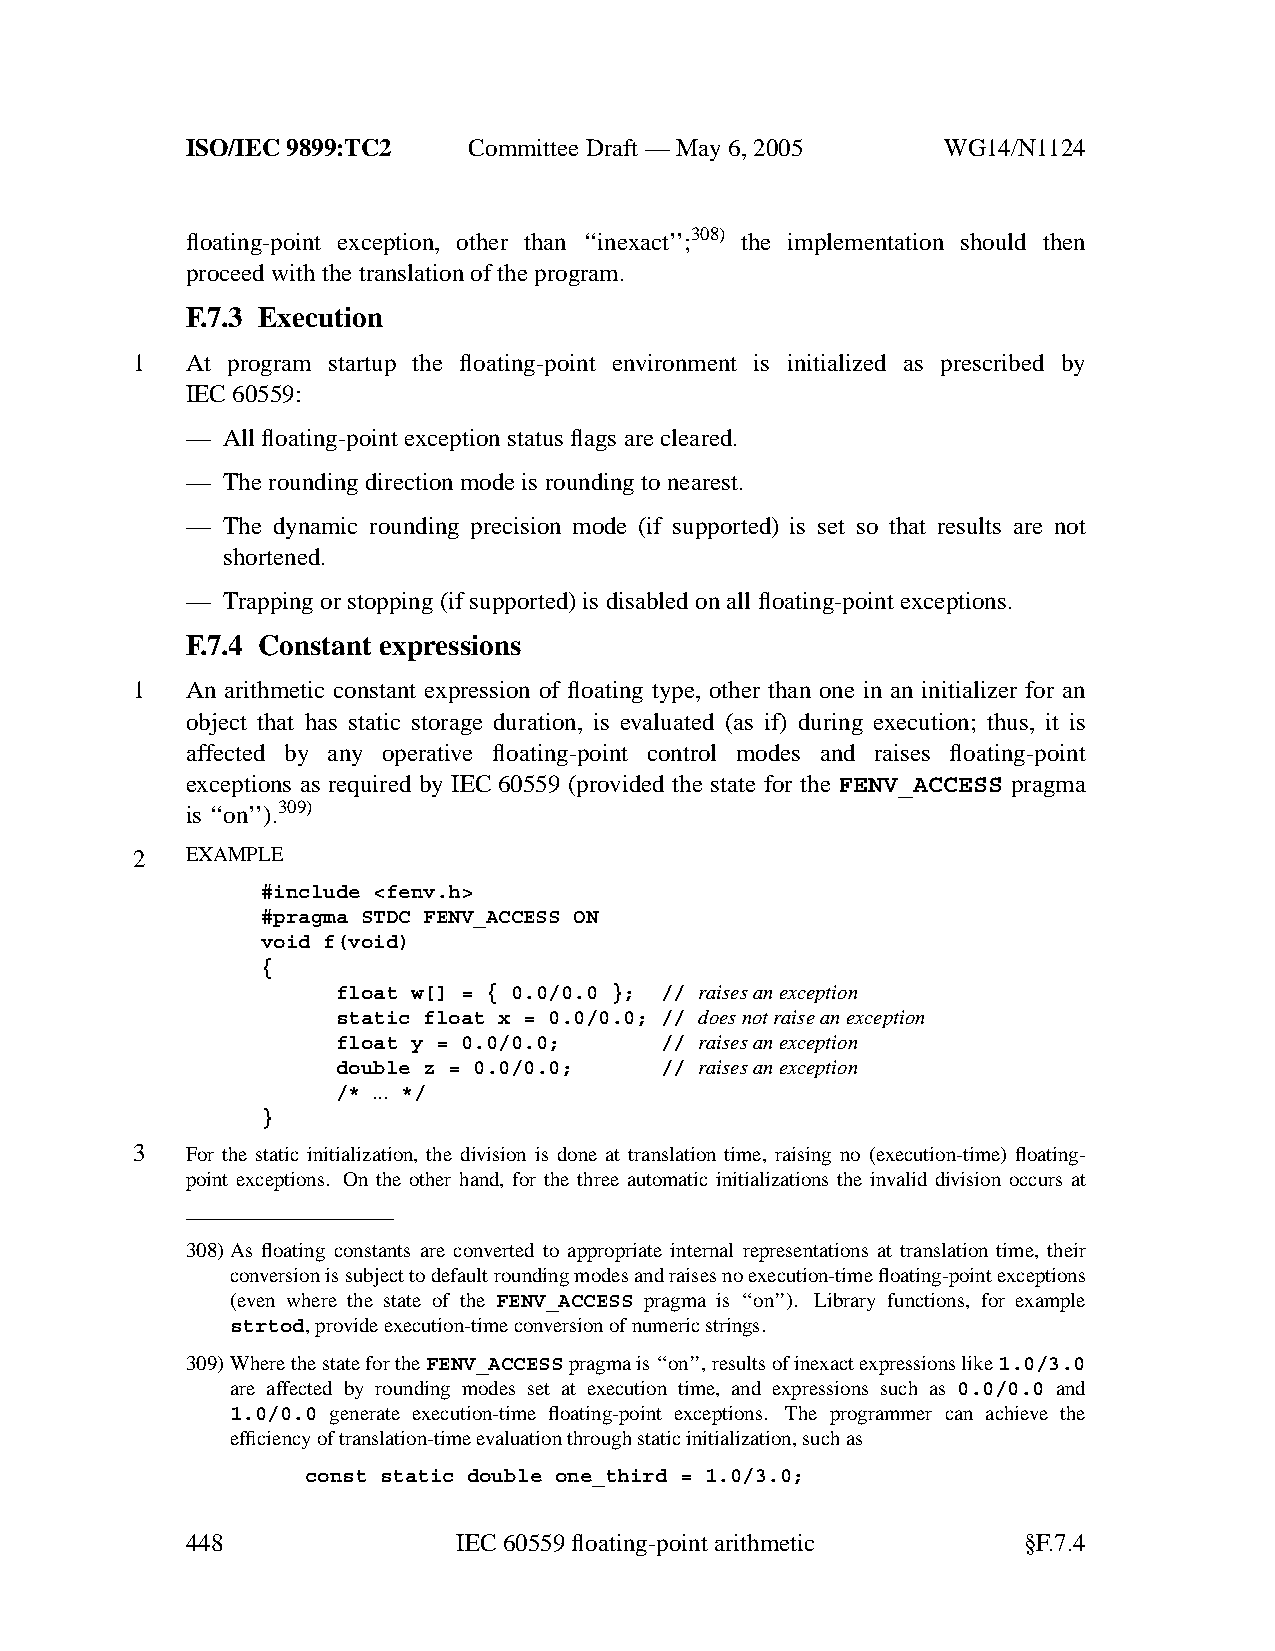
ISO/IEC 9899:TC2   Committee Draft — May 6, 2005   WG14/N1124
 floating-point exception, other than ‘‘inexact’’;308) the implementation should then
 proceed with the translation of the program.
 F.7.3 Execution
 1  At program startup the floating-point environment is initialized as prescribed by
 IEC 60559:
 —  All floating-point exception status flags are cleared.
 —  The rounding direction mode is rounding to nearest.
 —  The dynamic rounding precision mode (if supported) is set so that results are not
 shortened.
 —  Trapping or stopping (if supported) is disabled on all floating-point exceptions.
 F.7.4 Constant expressions
 1  An arithmetic constant expression of floating type, other than one in an initializer for an
 object that has static storage duration, is evaluated (as if) during execution; thus, it is
 affected by any operative floating-point control modes and raises floating-point
 exceptions as required by IEC60559 (provided the state for the FENV_ACCESS pragma
 is ‘‘on’’).309)
 2  EXAMPLE
 #include <fenv.h>
 #pragma STDC FENV_ACCESS ON
 void f(void)
 {
 float w[] = { 0.0/0.0 }; // raises an exception
 static float x = 0.0/0.0; // does not raise an exception
 float y = 0.0/0.0;    // raises an exception
 double z = 0.0/0.0;   // raises an exception
 /* ... */
 }
 3  For the static initialization, the division is done at translation time, raising no (execution-time) floating-
 point exceptions. On the other hand, for the three automatic initializations the invalid division occurs at
 308)As floating constants are converted to appropriate internal representations at translation time, their
 conversion is subject to default rounding modes and raises no execution-time floating-point exceptions
 (even where the state of the FENV_ACCESS pragma is ‘‘on’’). Library functions, for example
 strtod,provide execution-time conversion of numeric strings.
 309)Where the state for theFENV_ACCESSpragma is ‘‘on’’, results of inexact expressions like1.0/3.0
 are affected by rounding modes set at execution time, and expressions such as 0.0/0.0 and
 1.0/0.0 generate execution-time floating-point exceptions. The programmer can achieve the
 efficiencyoftranslation-time evaluation through static initialization, such as
 const static double one_third = 1.0/3.0;
 448               IEC 60559 floating-point arithmetic   §F.7.4